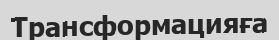
Трансформацияға